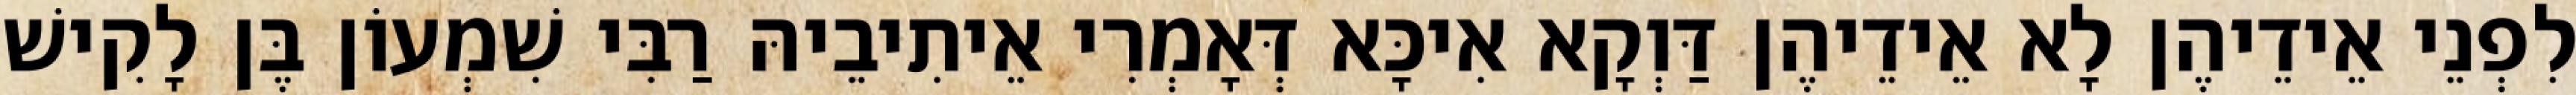
לִפְנֵי אֵידֵיהֶן לָא אֵידֵיהֶן דַּוְקָא אִיכָּא דְּאָמְרִי אֵיתִיבֵיהּ רַבִּי שִׁמְעוֹן בֶּן לָקִישׁ